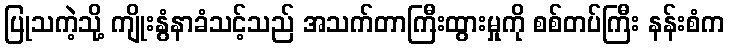
ပြုသကဲ့သို့ ကျိုးနွံနာခံသင့်သည် အသက်တာကြီးထွားမှုကို စစ်တပ်ကြီး နန်းစံက